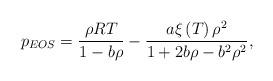
LaTeX: \begin{align*}{p_{EOS}} = \frac{{\rho RT}}{{1 - b\rho }} - \frac{{a\xi \left( T \right){\rho ^2}}}{{1 + 2b\rho - {b^2}{\rho ^2}}},\end{align*}